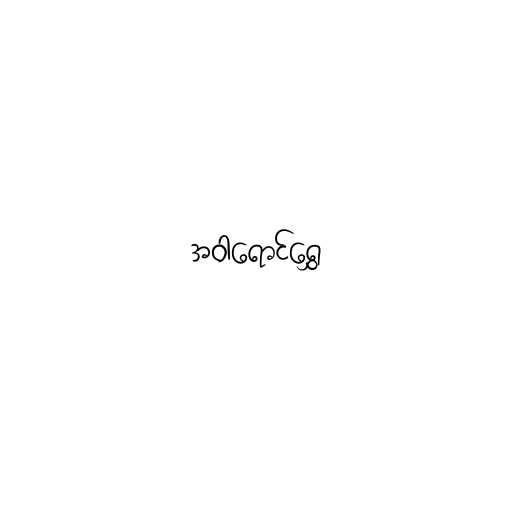
အဝါရောင်ရွှေ